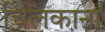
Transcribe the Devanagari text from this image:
चिलकाना